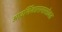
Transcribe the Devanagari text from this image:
आदर्शिकारानासोबत